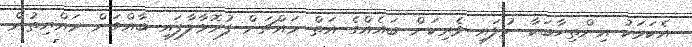
އެކަމަކު އިންތިހާބަކާ ނުލައި ވެރިކަން ބައެއްގެ އަތް މައްޗަށް ފުރޮޅާލާފައި ބާއްވަން ރައްޔިތުން